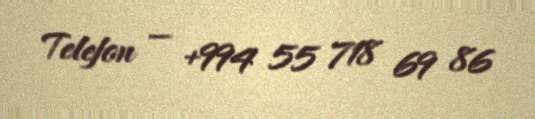
Telefon — +994 55 718 69 86